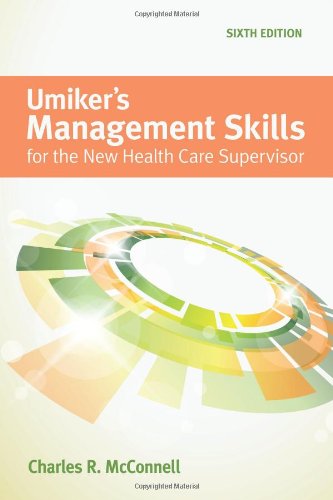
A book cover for Umiker's Management Skills For The New Health Care Supervisor; Charles R. McConnell; Law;